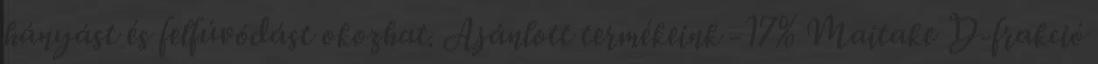
hányást és felfúvódást okozhat. Ajánlott termékeink -17% Maitake D-frakció